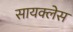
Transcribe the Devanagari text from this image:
सायक्लेस